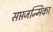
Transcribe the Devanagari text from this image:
सप्तजन्मिका